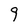
Character: 9